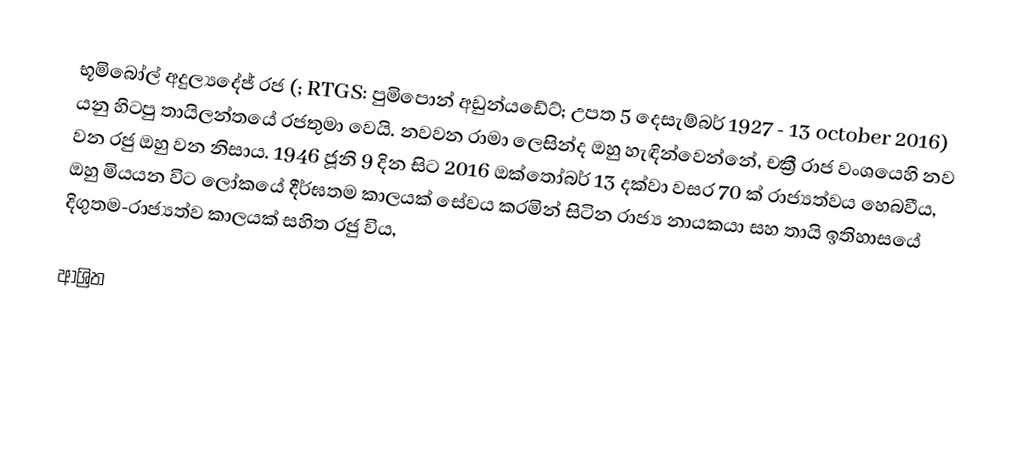
භූමිබෝල් අදුල්‍යදේජ් රජ (; RTGS: පුමිපොන් අඩුන්යඩේට්; උපත 5 දෙසැම්බර් 1927 - 13 october 2016) යනු හිටපු තායිලන්තයේ රජතුමා වෙයි.  නවවන රාමා ලෙසින්ද ඔහු හැඳින්වෙන්නේ,  චක්‍රී රාජ වංශයෙහි නව වන රජු ඔහු වන නිසාය.  1946 ජූනි 9 දින සිට 2016 ඔක්තෝබර් 13 දක්වා වසර 70 ක් රාජ්‍යත්වය හෙබවීය, ඔහු මියයන විට ලෝකයේ දීර්ඝතම කාලයක් සේවය කරමින් සිටින රාජ්‍ය නායකයා  සහ  තායි ඉතිහාසයේ දිගුතම-රාජ්‍යත්ව කාලයක් සහිත රජු විය,

ආශ්‍රිත